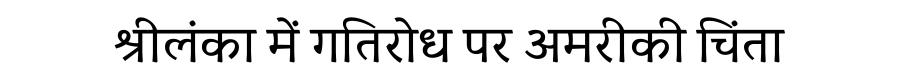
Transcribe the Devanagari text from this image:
श्रीलंका में गतिरोध पर अमरीकी चिंता